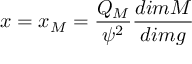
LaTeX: x = x _ { M } = \frac { Q _ { M } } { { \psi } ^ { 2 } } \frac { d i m M } { d i m g }